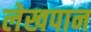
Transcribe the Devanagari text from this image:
लेखपान